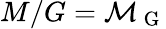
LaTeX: M/G=\mathcal{M}_{\mathrm{~G~}}